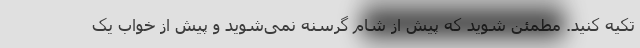
تکیه کنید. مطمئن شوید که پیش از شام گرسنه نمی‌شوید و پیش از خواب یک